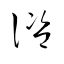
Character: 諮